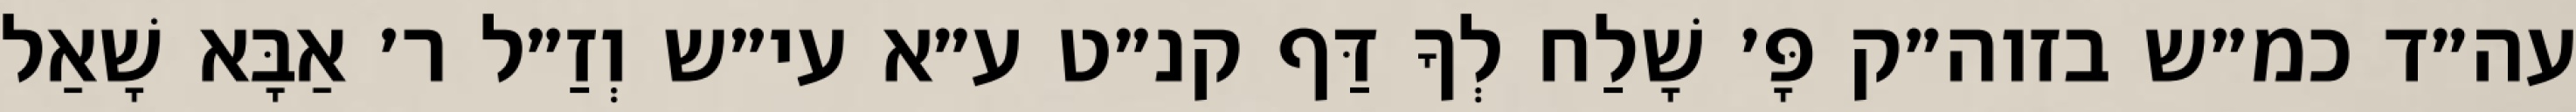
עה״ד כמ״ש בזוה״ק פָּ׳ שָׁלַח לְךָ דַּף קנ״ט ע״א עי״ש וְזַ״ל ר׳ אַבָּא שָׁאַל